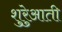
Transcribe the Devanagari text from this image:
शुरेुआती